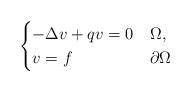
LaTeX: \begin{align*}\begin{cases} - \Delta v + qv = 0& \Omega,\\ v = f & \partial\Omega\end{cases}\end{align*}